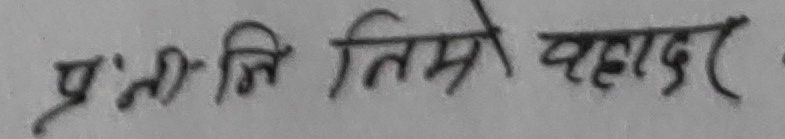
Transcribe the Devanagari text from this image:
प्रन्तिजि तिम्रो वहादुर